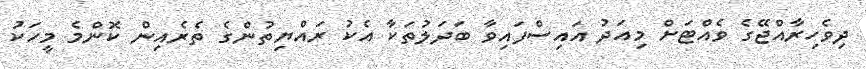
ދިވެހިރާއްޖޭގެ ވެއްޓަށް މިއަދު އައިސްފައިވާ ބަދަލުތަކާ އެކު ރައްޔިތުންގެ ތެރެއިން ކޮންމެ މީހަކު